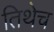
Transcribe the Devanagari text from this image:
तिथेेच